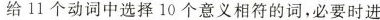
给11个动词中选择10个意义相符的词,必要时进